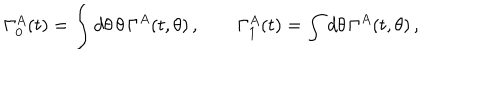
\Gamma _ { 0 } ^ { A } ( t ) = \int d \theta \, \theta \, \Gamma ^ { A } ( t , \theta ) \, , \qquad \Gamma _ { 1 } ^ { A } ( t ) = \int d \theta \, \Gamma ^ { A } ( t , \theta ) \, ,